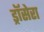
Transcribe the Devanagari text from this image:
ड्रॉसेरा